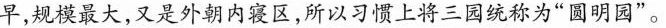
早，规模最大，又是外朝内寝区，所以习惯上将三园统称为”圆明园”。